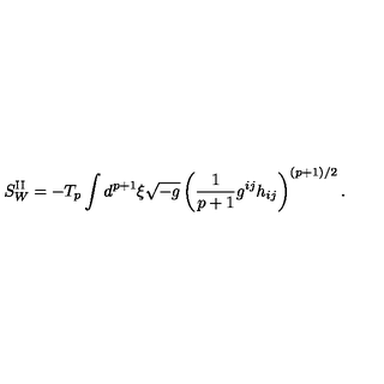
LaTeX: S _ { W } ^ { \mathrm { I I } } = - T _ { p } \int d ^ { p + 1 } { \xi } \sqrt { - g } \left( \frac { 1 } { p + 1 } g ^ { i j } h _ { i j } \right) ^ { ( p + 1 ) / 2 } .